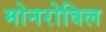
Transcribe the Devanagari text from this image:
मोनरोविल